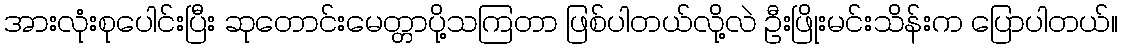
အားလုံးစုပေါင်းပြီး ဆုတောင်းမေတ္တာပို့သကြတာ ဖြစ်ပါတယ်လို့လဲ ဦးဖြိုးမင်းသိန်းက ပြောပါတယ်။